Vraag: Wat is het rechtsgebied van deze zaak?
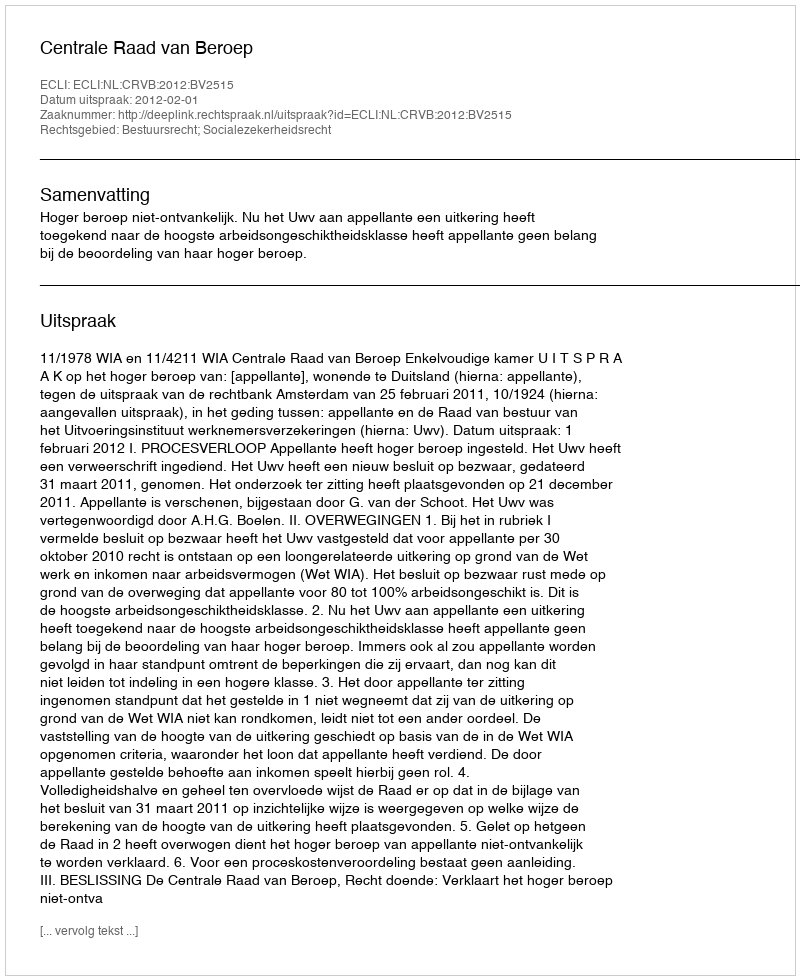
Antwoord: Bestuursrecht; Socialezekerheidsrecht